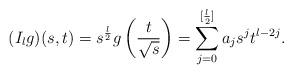
LaTeX: \begin{align*} (I_l g)(s,t)=s^{\frac l 2}g \left(\frac{t}{\sqrt s}\right)=\sum_{j=0}^{[\frac l 2]} a_j s^j t^{l-2j}. \end{align*}